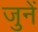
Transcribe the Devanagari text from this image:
जुनें